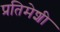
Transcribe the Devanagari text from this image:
प्रतिमेशी